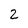
Character: 2